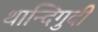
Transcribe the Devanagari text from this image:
थान्दिगुदी